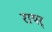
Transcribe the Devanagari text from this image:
रायर्